Mental hospitals Bombay report 1921-28 - 1921-1928
Year: 1921
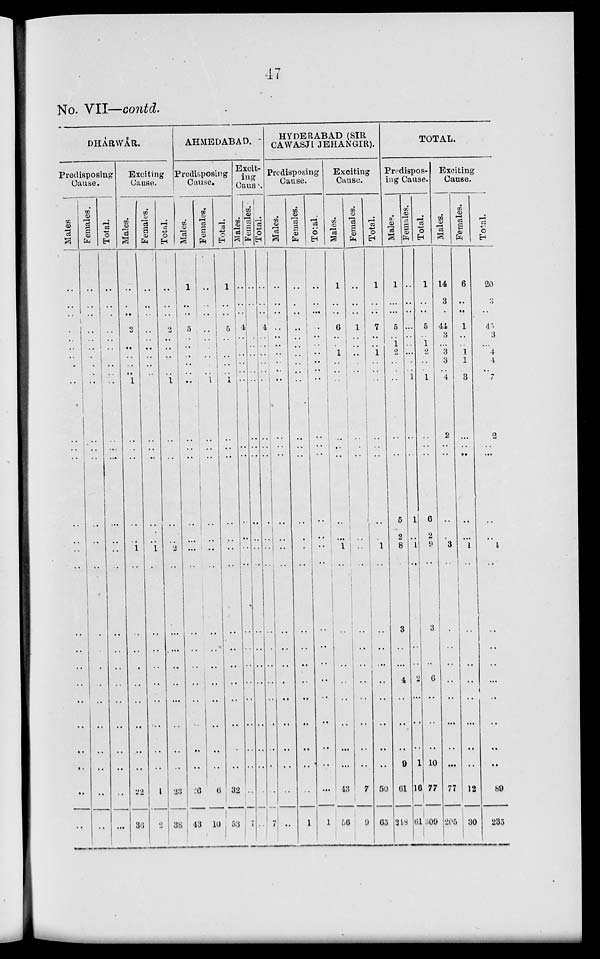
47
No. VII—contd.
DHARWAR.
Predisposing
Cause.
Males
..
..
..
..
..
..
..
..
..
..
..
..
..
..
..
..
..
..
..
..
..
..
....
..
..
..
..
Females.
..
..
..
..
..
..
..
..
..
..
..
..
..
..
..
..
..
..
....
..
..
..
..
..
..
..
..
Total.
..
..
..
..
..
..
..
..
..
..
..
..
..
..
..
..
..
..
..
..
..
..
..
..
..
..
..
Exciting
Cause.
Males.
..
..
..
2
..
..
..
..
..
1
..
..
..
..
..
1
..
..
..
..
..
..
..
..
..
22
36
Females.
..
..
..
..
..
..
..
..
..
..
..
..
..
..
1
..
..
..
..
..
..
..
..
..
1
2
Total.
..
..
..
2
..
..
..
..
..
1
..
..
..
..
..
2
..
..
..
..
..
..
..
..
..
23
38
AHMEDABAD.
Predisposing
Cause.
Males.
1
..
..
5
..
..
..
..
..
..
..
..
..
..
..
..
..
..
..
..
..
..
..
..
..
26
43
Females.
..
..
..
..
..
..
..
..
..
1
..
..
..
..
..
..
..
..
..
..
..
..
..
..
..
6
10
Total.
1
..
..
5
..
..
..
..
..
1
..
..
..
..
..
..
..
..
..
..
..
..
..
..
..
32
53
Excit-
ing
Cause.
Males.
..
..
..
4
..
..
..
..
..
..
..
..
..
..
..
..
..
..
..
..
..
..
..
..
..
..
7
Females.
..
..
..
..
..
..
..
..
..
..
..
..
..
..
..
..
..
..
..
..
..
..
..
..
..
..
..
Total.
..
..
..
4
..
..
..
..
..
..
..
..
..
..
..
..
..
..
..
..
..
..
..
..
..
..
7
HYDERABAD (SIR
CAWASJ1 JEHANGIR).
Predisposing
Cause.
Males.
..
..
..
..
..
..
..
..
..
..
..
..
..
..
..
..
..
..
..
..
..
..
..
..
..
..
..
Females.
..
..
..
..
..
..
..
..
..
..
..
..
..
..
..
..
..
..
..
..
..
..
..
..
..
..
1
Total.
..
..
..
..
..
..
..
..
..
..
..
..
..
..
..
..
..
..
..
..
..
..
..
..
..
..
1
Exciting
Cause.
Males.
1
..
..
6
..
..
1
..
..
..
..
..
..
..
..
1
..
..
..
..
..
..
..
..
..
43
56
Females.
..
..
..
1
..
..
..
..
..
..
..
..
..
..
..
..
..
..
..
..
..
..
..
..
..
7
9
Total.
1
..
..
7
..
..
1
..
..
..
..
..
..
..
..
1
..
..
..
..
..
..
..
..
..
50
65
TOTAL.
Predispos-
ing Cause.
Males.
1
..
..
5
..
1
2
..
..
..
..
..
..
5
2
8
..
3
..
..
4
..
..
..
9
61
248
Females.
..
..
..
..
..
..
..
..
..
1
..
..
..
1
..
1
..
..
..
..
2
..
..
..
1
16
61
Total.
1
..
..
5
..
1
2
..
..
1
..
..
..
6
2
9
..
3
..
..
6
..
..
..
10
77
309
Exciting
Cause.
Males.
14
3
..
41
3
..
3
3
..
4
2
..
..
..
..
3
..
..
..
..
..
..
..
..
..
77
205
Females.
6
..
..
1
..
..
1
1
..
3
..
..
..
..
..
1
..
..
..
..
..
..
..
..
..
12
30
Total.
20
3
..
45
3
..
4
4
..
7
2
..
..
..
..
4
..
..
..
..
..
..
..
..
89
235